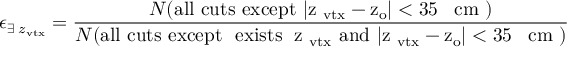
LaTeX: \epsilon _ { \exists \; z _ { \mathrm { v t x } } } = \frac { N ( \mathrm { a l l ~ c u t s ~ e x c e p t ~ | z _ { \mathrm { ~ v t x } } - z _ { o } | < 3 5 \, ~ \mathrm { ~ c m } ~ } ) } { N ( \mathrm { a l l ~ c u t s ~ e x c e p t ~ \ e x i s t s \; ~ z _ { \mathrm { ~ v t x } } ~ a n d ~ | z _ { \mathrm { ~ v t x } } - z _ { o } | < 3 5 \, ~ \mathrm { ~ c m } ~ } ) }